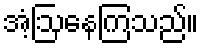
အံ့ဩနေကြသည်။